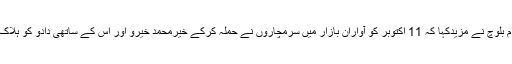
گہرام بلوچ نے مزیدکہا کہ 11 اکتوبر کو آواران بازار میں سرمچاروں نے حملہ کرکے خیرمحمد خیرو اور اُس کے ساتھی دادو کو ہلاک کیا۔